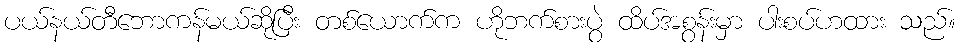
ပယ်နယ်တီဘောကန်မယ်ဆိုပြီး တစ်ယောက်က ဟိုဘက်စားပွဲ ထိပ်အစွန်းမှာ ပါးစပ်ဟထား သည်။